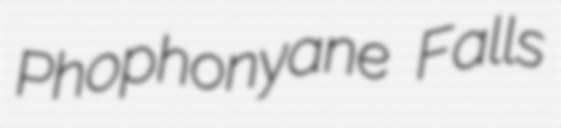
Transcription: Phophonyane Falls